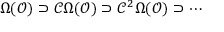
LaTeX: \Omega ( { \mathcal { O } } ) \supset { \mathcal { C } } \Omega ( { \mathcal { O } } ) \supset { \mathcal { C } } ^ { 2 } \Omega ( { \mathcal { O } } ) \supset \cdots